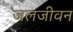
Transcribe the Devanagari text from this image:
जलजीवन